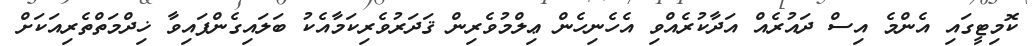
ކޮމިޓީގައި އެންމެ އިސް ދައުރެއް އަދާކުރެއްވި އެހެނިހެން ޢިލްމުވެރިން ޤަދަރުވެރިކަމާއެކު ބަލައިގެންފައިވާ ޚިދްމަތްތެރިއަކަށް